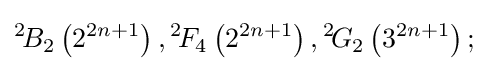
{}^{2}\!B_{2}\left(2^{2n+1}\right),{}^{2}\!F_{4}\left(2^{2n+1}\right),{}^{2}\!G_{2}\left(3^{2n+1}\right);